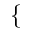
\{